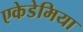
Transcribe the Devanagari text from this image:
एकेडेमिया